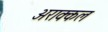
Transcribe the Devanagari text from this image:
अराक्कल